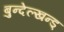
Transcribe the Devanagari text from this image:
बुन्देल्खन्ड्